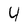
Character: 4